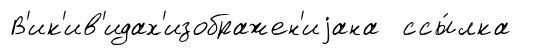
В'ик'ив'идах'изображен'иjана ссы́лка